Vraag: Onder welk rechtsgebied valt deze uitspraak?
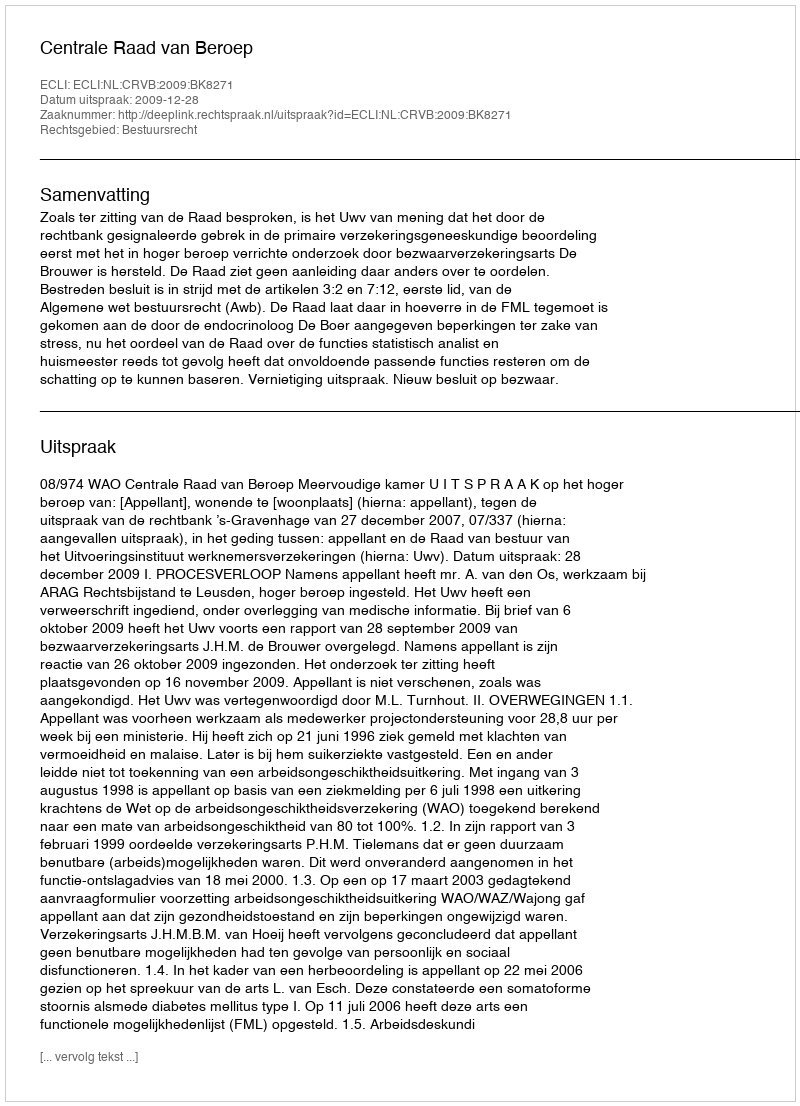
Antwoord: Bestuursrecht